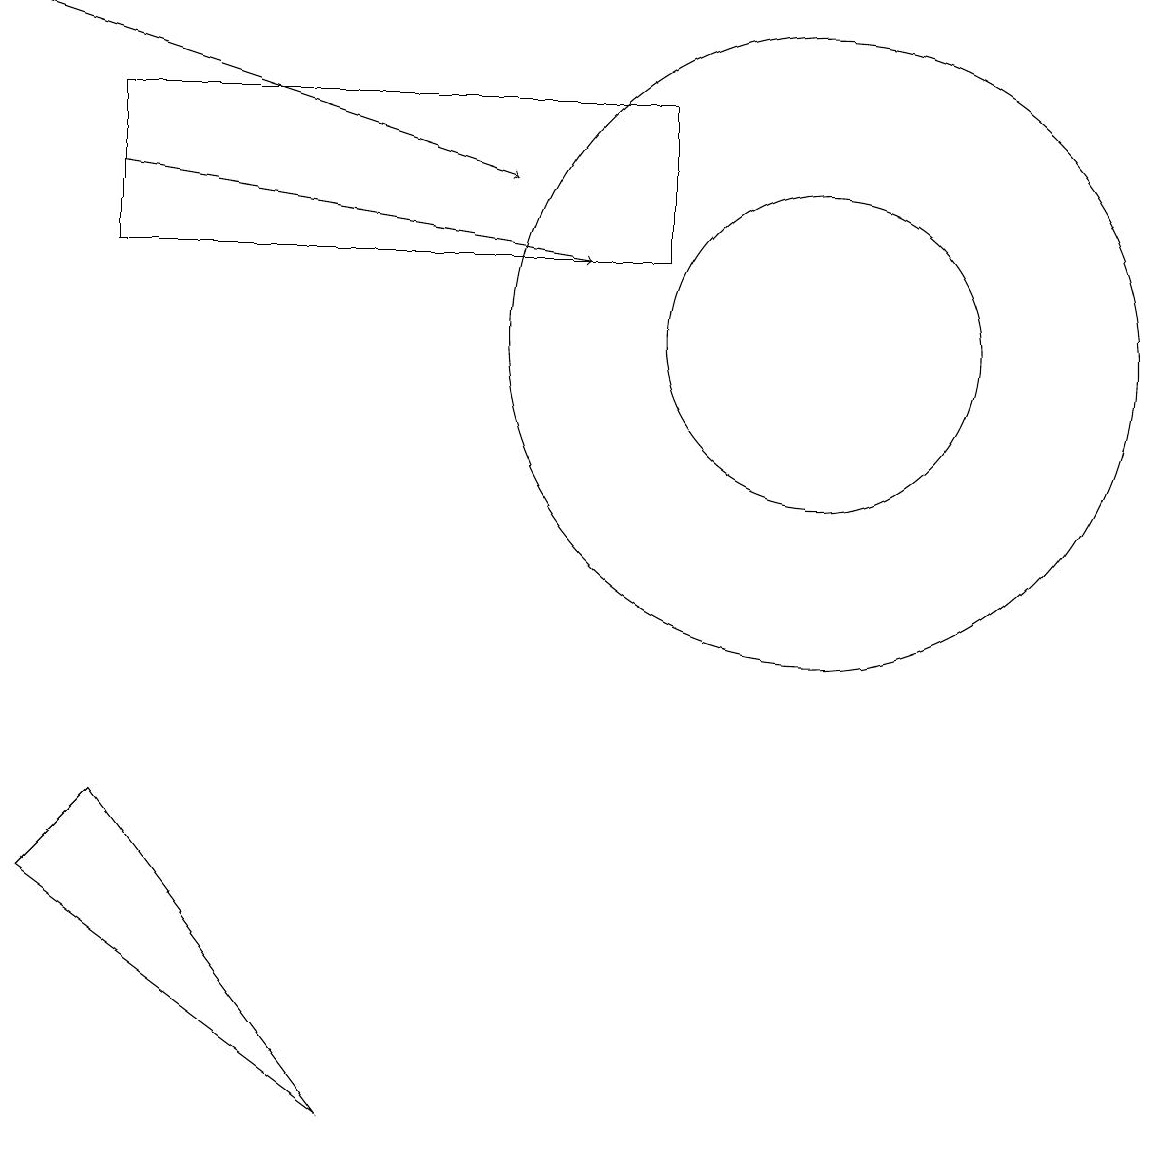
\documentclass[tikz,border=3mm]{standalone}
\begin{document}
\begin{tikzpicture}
\draw[->] (0,15) -- (6,13);
\draw (1,5) -- (4,1) -- (0,4) -- cycle;
\draw (10,11) circle (4);
\draw (1,12) rectangle (8,14);
\draw (10,11) circle (2);
\draw[->] (1,13) -- (7,12);
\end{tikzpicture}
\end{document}